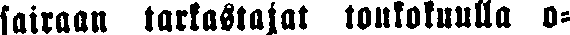
sairaan tarkastajat toukokuulla o-